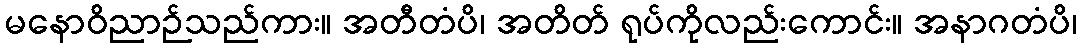
မနောဝိညာဉ်သည်ကား။ အတီတံပိ၊ အတိတ် ရုပ်ကိုလည်းကောင်း။ အနာဂတံပိ၊